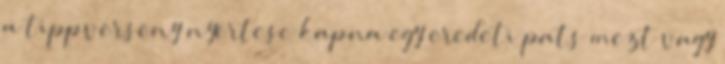
a tippverseny nyertese kapna egy eredeti pats mezt vagy